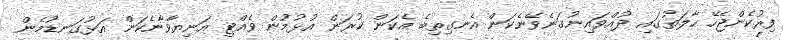
ފިރުކެންޖެހޭ ހާލަތުގައި ދުއްވައިނުގަނެވޭނެކަން އެނގިތިބެ އެކަން ކުރަން އުޅުމުން ވެއްޓި އަނިޔާވާނެކަން އަޅުގަނޑުމެން